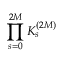
\displaystyle \prod _ { s = 0 } ^ { 2 M } K _ { s } ^ { ( 2 M ) }